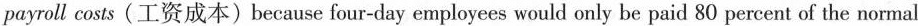
payroll costs (工资成本)because four-day employees would only be paid 80 percent of the normal